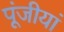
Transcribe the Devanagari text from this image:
पूंजीयां